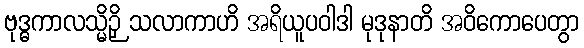
ဗုဒ္ဓကာလသ္မိဉှိ သလာကာဟိ အရိယူပဝါဒါ မုဒုနာတိ အဝိကောပေတွာ